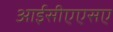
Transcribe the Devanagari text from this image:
आईसीएएसए